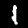
Digit: 1